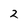
Character: 2